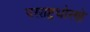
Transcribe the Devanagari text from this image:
परराष्ट्रधोरणे